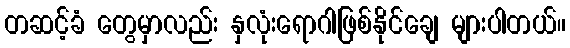
တဆင့်ခံ တွေမှာလည်း နှလုံးရောဂါဖြစ်နိုင်ချေ များပါတယ်။